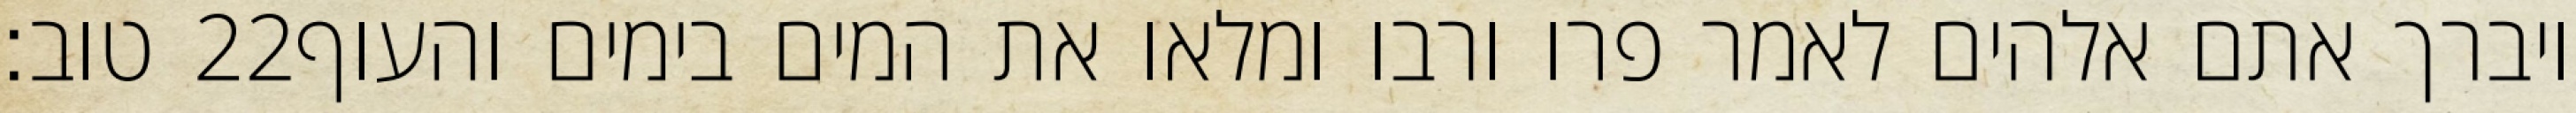
טוב׃ ‎22‏ ויברך אתם אלהים לאמר פרו ורבו ומלאו את המים בימים והעוף